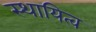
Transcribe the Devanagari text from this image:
स्थायित्‍व